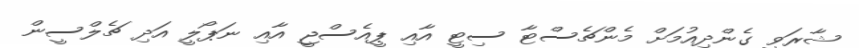
ޝާރަވީ ގެންދިއުމަށް މެންޗެސްޓާ ސިޓީ އާއި ޕީއެސްޖީ އާއި ނަޕޯލީ އަދި ޗެލްސީން